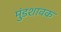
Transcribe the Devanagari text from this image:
मुंडशावक